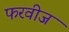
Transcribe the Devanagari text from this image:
फरवीज